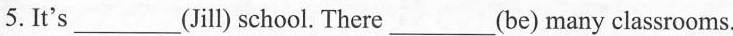
5. It's___(Jill) school. There___(be) many classrooms.